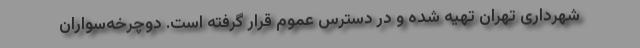
شهرداری تهران تهیه شده و در دسترس عموم قرار گرفته است. دوچرخه‌سواران